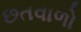
છતવાળો